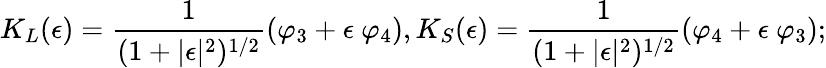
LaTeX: K_{L}(\epsilon)=\frac{1}{(1+\vert\epsilon\vert^{2})^{1/2}}\left(\varphi_{3}+\epsilon\ \varphi_{4}\right),K_{S}(\epsilon)=\frac{1}{(1+\vert\epsilon\vert^{2})^{1/2}}\left(\varphi_{4}+\epsilon\ \varphi_{3}\right);